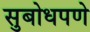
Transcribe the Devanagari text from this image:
सुबोधपणे